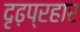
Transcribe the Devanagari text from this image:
दृढ़प्रहार